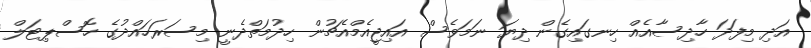
އަދި މިފަދަ ހާދިސާއެއް ހިނގައިގެން ދިޔަ ނަމަވެސް އައިޖީއެމްއެޗުން ހިދުމަތްދެނީ މިސަރަހައްދުގެ ހޮސްޕިޓަލް